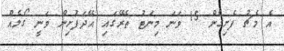
އެ މެޗު ފެށިގެން 15 ވަނަ މިނަޓު ތެރޭގައި އޭދަފުށިން ވަނީ ގޯލެއް